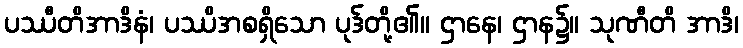
ပဿီတိအာဒိနံ၊ ပဿိအစရှိသော ပုဒ်တို့၏။ ဌာနေ၊ ဌာန၌။ သုဏီတိ အာဒိ၊